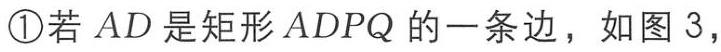
\textcircled{1}若 \(AD\) 是矩形 \(ADPQ\) 的一条边，如图 3，